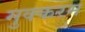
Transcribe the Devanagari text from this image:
मुक्करम